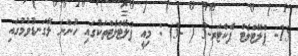
15- ޕްލޭޓްލެޓް ފެކްޓަރ-3 ( -3) : މިއީ ޕްލޭޓްލެޓްތަކުގައި ހުންނަ ލޭގަނޑުވުމުގައި